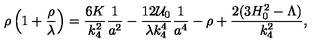
\rho \left( 1 + \frac { \rho } { \lambda } \right) = \frac { 6 K } { k _ { 4 } ^ { 2 } } \frac 1 { a ^ { 2 } } - \frac { 1 2 { \cal U } _ { 0 } } { \lambda k _ { 4 } ^ { 4 } } \frac 1 { a ^ { 4 } } - \rho + \frac { 2 ( 3 H _ { 0 } ^ { 2 } - \Lambda ) } { k _ { 4 } ^ { 2 } } ,